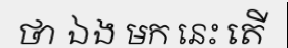
ថា ឯង មក នេះ តើ